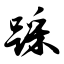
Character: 踩